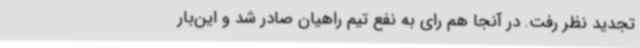
تجدید نظر رفت. در آنجا هم رای به نفع تیم راهیان صادر شد و این‌بار